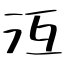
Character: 沍